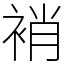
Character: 䘯